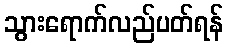
သွားရောက်လည်ပတ်ရန်